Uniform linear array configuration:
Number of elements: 16
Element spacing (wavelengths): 0.5
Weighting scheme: hann
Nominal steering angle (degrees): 0
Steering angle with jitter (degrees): -1.752
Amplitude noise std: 0.05
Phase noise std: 0.05

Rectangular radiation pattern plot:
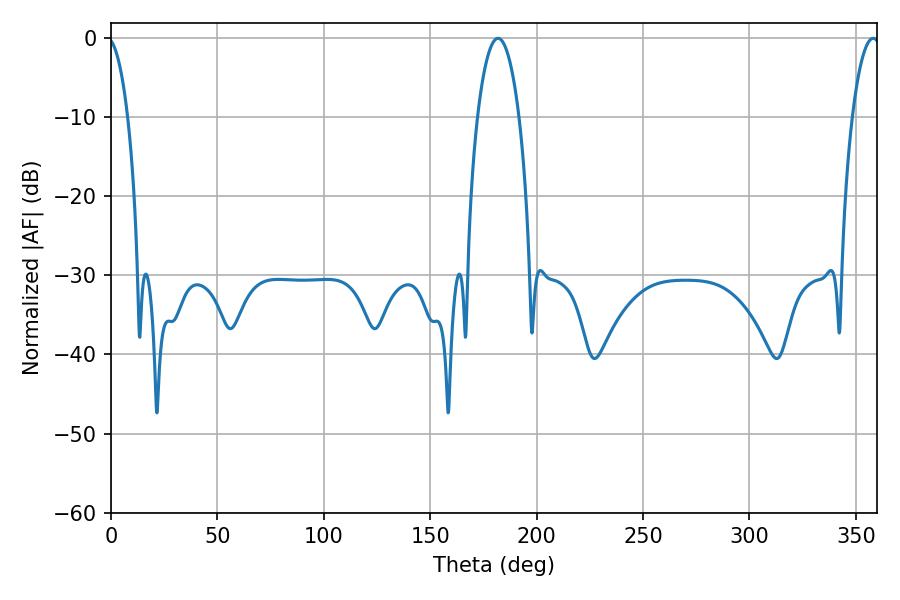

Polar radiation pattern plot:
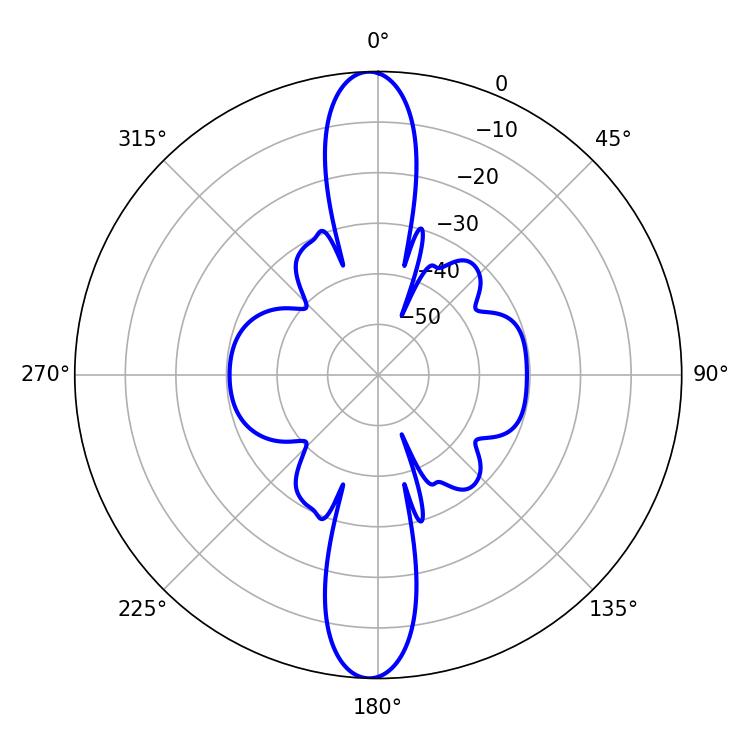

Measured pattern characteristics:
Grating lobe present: FALSE
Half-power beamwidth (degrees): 10.98
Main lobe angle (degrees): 181.8